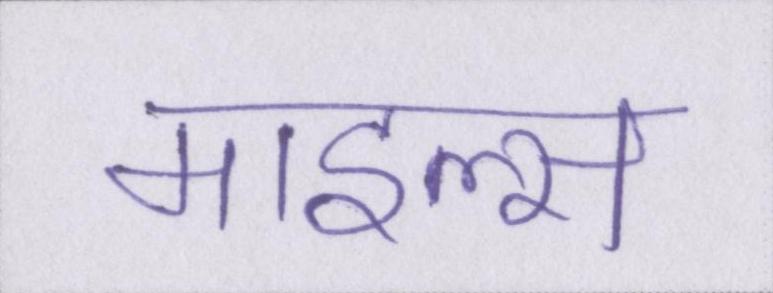
माइल्स